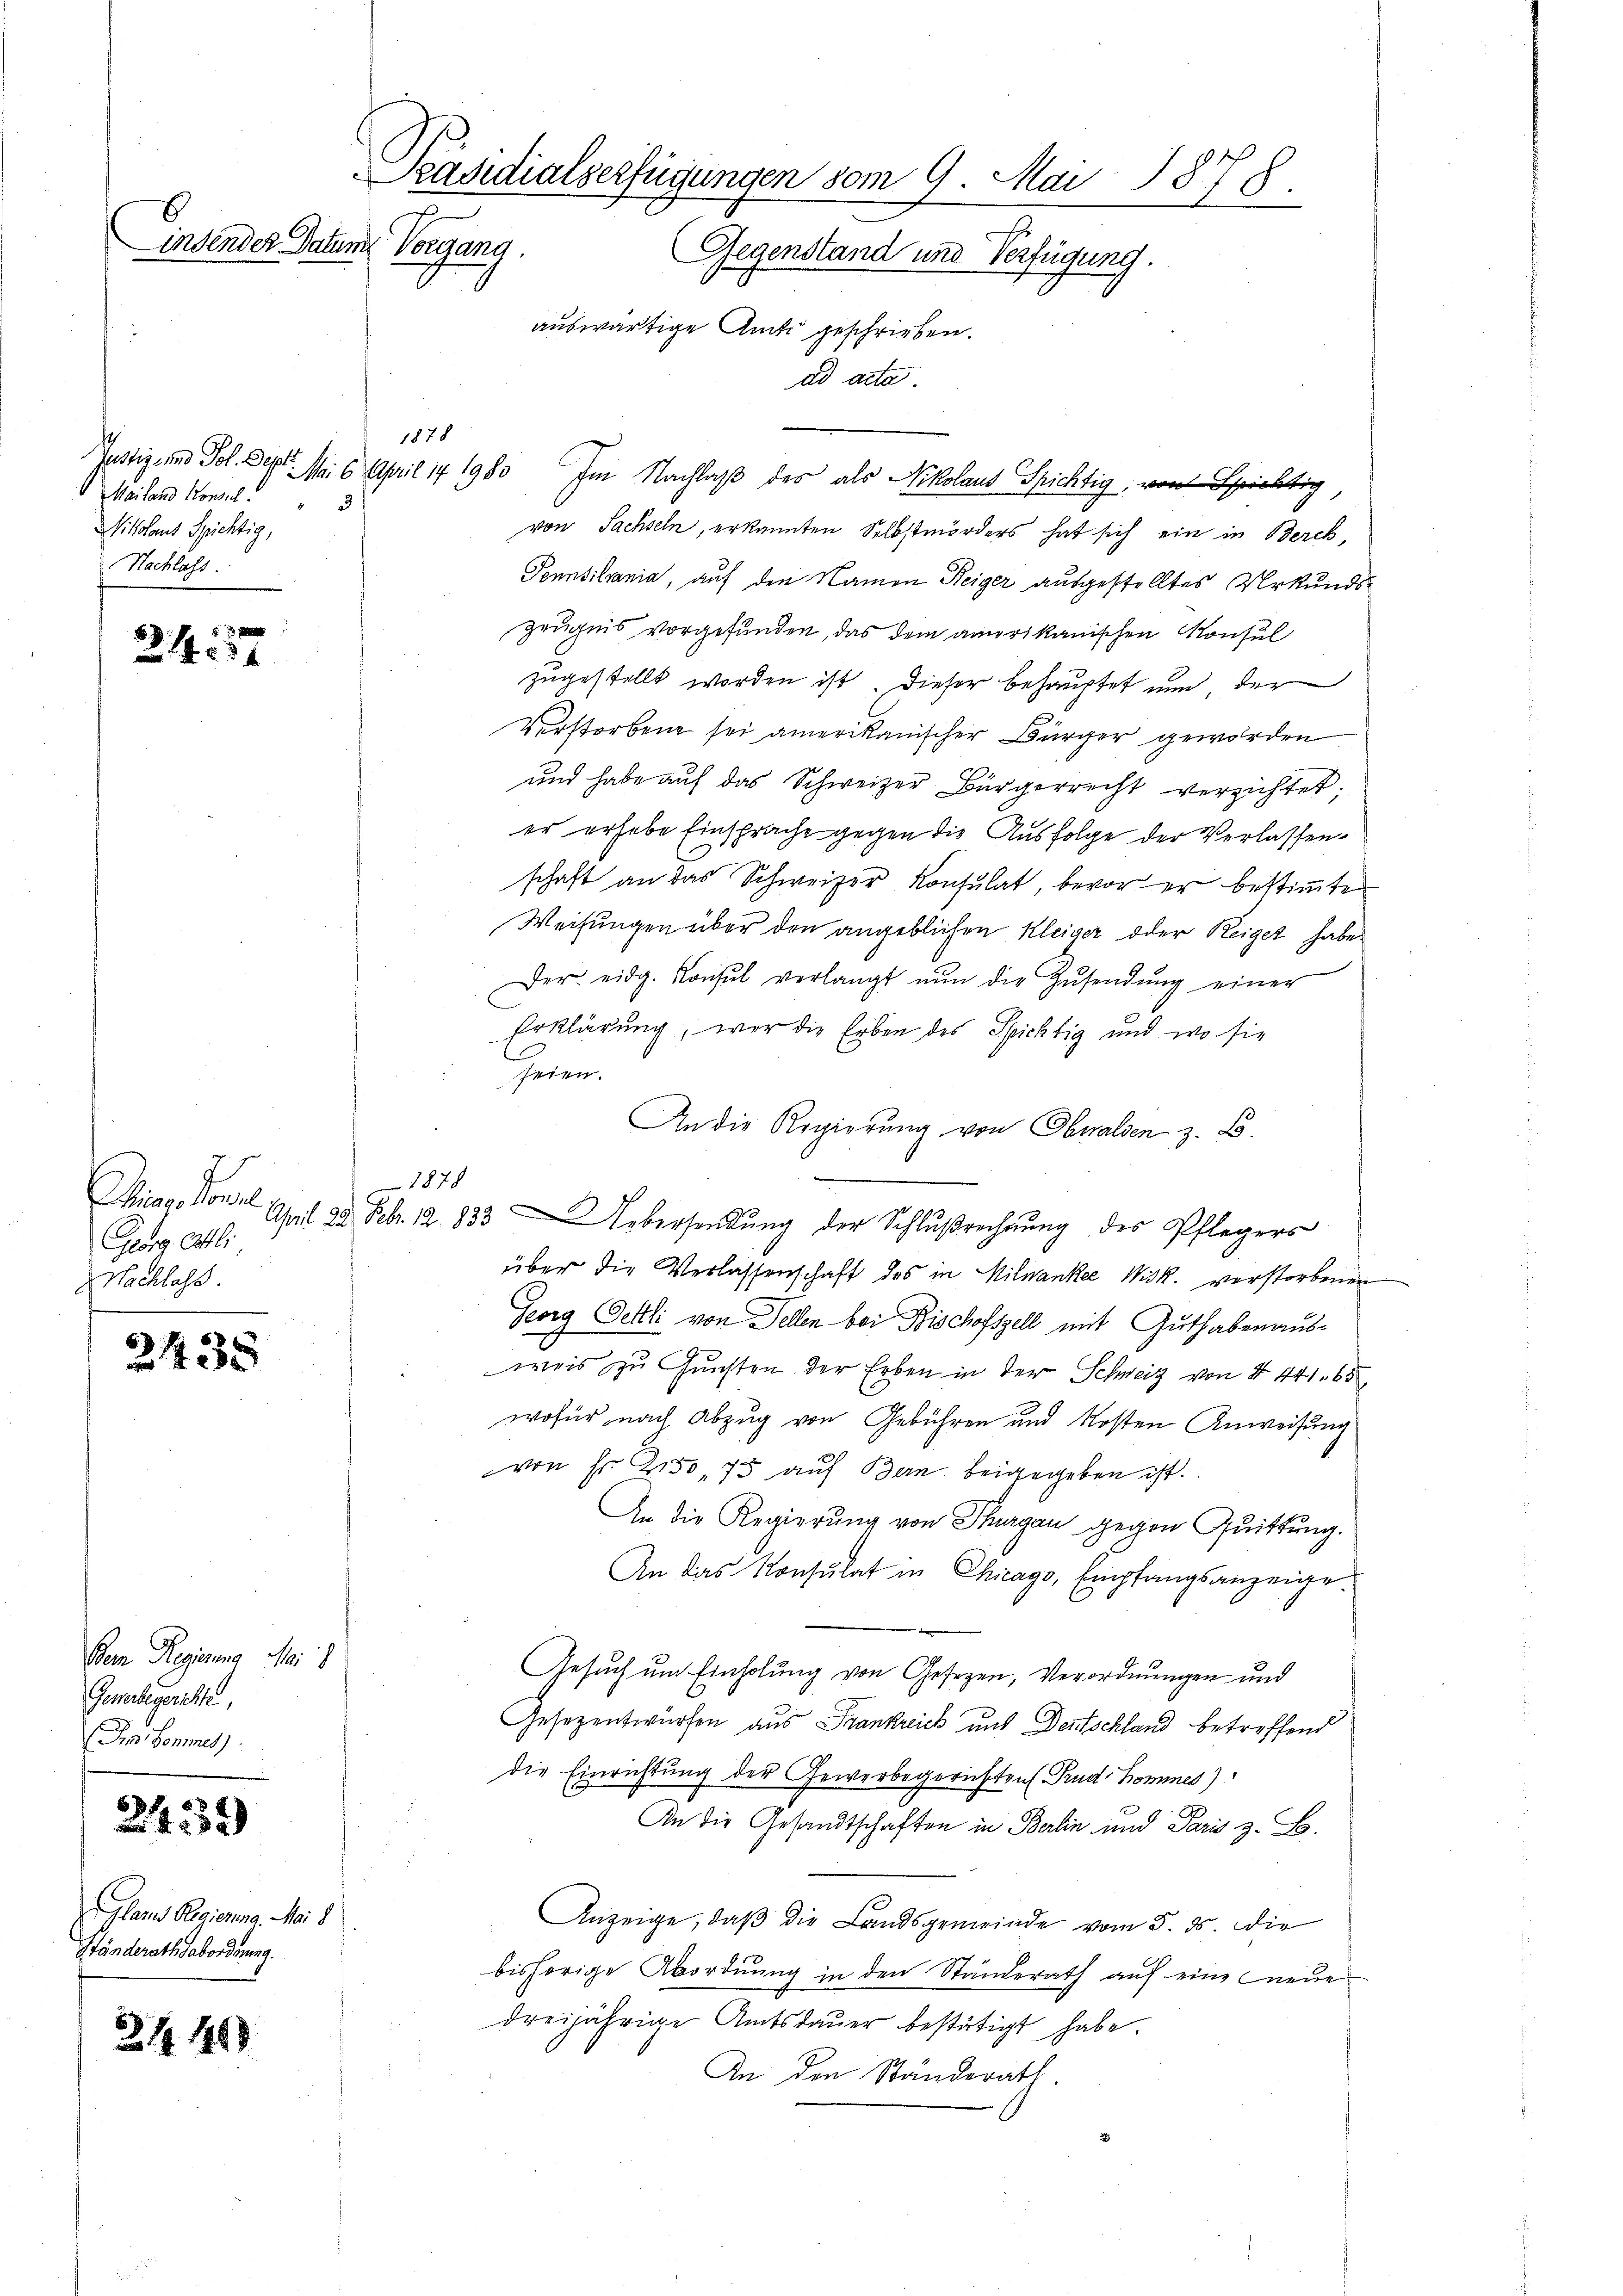
insender Datum Vorgang.

Mailand Konsul
3
ikolaus Spichtig,
Nachlass

244. 57

1878
Mag. Vorl
Georg Art.
Nachlass.
.

2435

Dem Regierung Mai 8
Gewerbegerichte,
Im Sommen)

24359)

Glarus Regierung. Mai 8
Ständerath Sabordnung.

34 1469

Präsidialserfügungen vom 9. Mai 1878.
Gegenstand und Verfügung.
auswärtige Amts geschrieben.
ad acta.

1878

Justiz und Pol. Sept. Mai 6 April 17 1980 Im Nachlaß des als Nikolaus Spichtig, von Esprichtig
von Sachseln, erkannten Selbstmörders hat sich ein in Berch,
Pennsiliania, auf den Namen Reiger ausgestelltes Urkunds¬
Zeugnis vorgefunden, das dem amerikanischen Konsul
zugestellt worden ist dieser behauptet nun der
Verstorben sei amerikanischer Bürger geworden
und habe auf das Schweizer Bürgerrecht verzichtet;
er erhabe Einsprache gegen die Ausfolge der Verlassenschaft an das Schweizer Konsulat, bevor er bestimmte
Weisungen über den angeblichen Kleiger oder Reiget habe
Der eidg. Konsul verlangt nŭn die Zŭsendŭng einer
Erklärung, war die Erben des Spichtig und wo sie
Heien.
An die Regierung von Obwalden z. B.
April 23. Febr. 12. 833. Uebersendung der Schlußrechnung des Pflegers
über die Verlassenschaft des in Milanker Wisk. verstorbenen
Georg Oettli von Fellen bei Bischofszell mit Guthabenausweis zu Gunsten der Erben in der Schweiz von 4 441. 65
wofür nach Abzug von Gebühren und Kosten Anweisung
von Fr. 250,75 auf Bern beigegeben ist.
An die Regierung von Thurgau gegen Quittung.
An das Konsulat in Chicago, Empfangsanzeige
Gesuch um Einholung von Gesezen, Verordnungen und
Gesezentwürfen aus Frankreich und Deutschland betreffend
die Einrichtung der Gewerbegerichten Prud. Kommes)
An die Gesandtschaften in Berlin und Paris z. B.
Anzeige, daß die Landsgemeinde vom 5. ds. die
bisherige Abordnung in den Ständerath auf eine neue
dreijährige Amtsdauer bestätigt habe.
An den Ständerath.

r